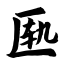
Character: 匦